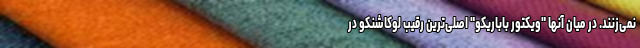
نمی‌زنند. در میان آنها "ویکتور باباریکو" اصلی‌ترین رقیب لوکاشنکو در